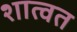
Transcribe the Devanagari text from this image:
शात्वत